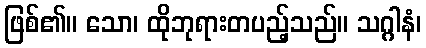
ဖြစ်၏။ သော၊ ထိုဘုရားတပည့်သည်။ သဂ္ဂါနံ၊